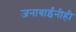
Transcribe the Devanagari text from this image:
जनाबाईंनीही